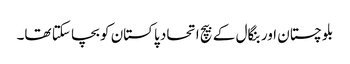
بلوچستان اور بنگال کے بیچ اتحاد پاکستان کو بچا سکتا تھا۔